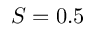
S = 0 . 5